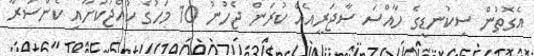
އެގޮތުން ސިކުނޑީގެ ހާއްސަ ސާޖަރީއެއް ކުރަން ޖެހުނު 10 މަހުގެ ކުއްޖަކަށާއި ކެންސަރާ